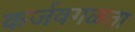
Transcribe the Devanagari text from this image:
कर्जवगळता